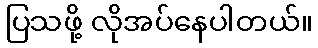
ပြသဖို့ လိုအပ်နေပါတယ်။